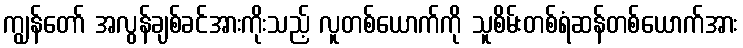
ကျွန်တော် အလွန်ချစ်ခင်အားကိုးသည့် လူတစ်ယောက်ကို သူစိမ်းတစ်ရံဆန်တစ်ယောက်အား